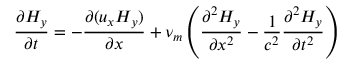
\frac { \partial { H _ { y } } } { \partial t } = - \frac { \partial { ( u _ { x } H _ { y } ) } } { \partial x } + \nu _ { m } \left( \frac { \partial ^ { 2 } H _ { y } } { \partial x ^ { 2 } } - \frac { 1 } { c ^ { 2 } } \frac { \partial ^ { 2 } H _ { y } } { \partial t ^ { 2 } } \right)